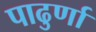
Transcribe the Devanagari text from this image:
पाढुर्णा